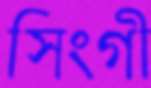
সিংগী